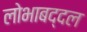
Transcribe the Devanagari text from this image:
लोभाबद्दल